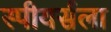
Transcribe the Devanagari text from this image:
स्पीयर्सला